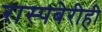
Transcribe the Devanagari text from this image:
रास्पबेरीही